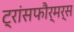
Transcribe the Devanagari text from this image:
ट्रांसफौर्मर्स